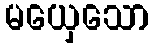
မယှေသော